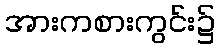
အားကစားကွင်း၌